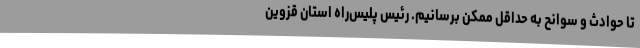
تا حوادث و سوانح به حداقل ممکن برسانیم. رئیس پلیس‌راه استان قزوین